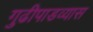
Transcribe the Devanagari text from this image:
गुढीपाडव्यास